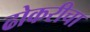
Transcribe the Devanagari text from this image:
ढोकरीचा